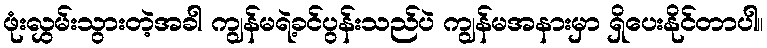
ဖုံးလွှမ်းသွားတဲ့အခါ ကျွန်မရဲ့ခင်ပွန်းသည်ပဲ ကျွန်မအနားမှာ ရှိပေးနိုင်တာပါ။